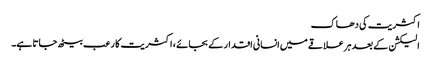
اکثریت کی دھاک
الیکشن کے بعد ہر علاقے میں انسانی اقدار کے بجائے ، اکثریت کا رعب بیٹھ جاتا ہے۔